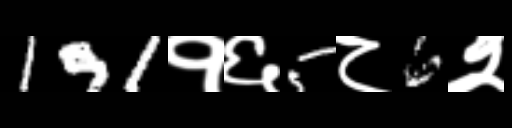
Text: 191१६5८6२